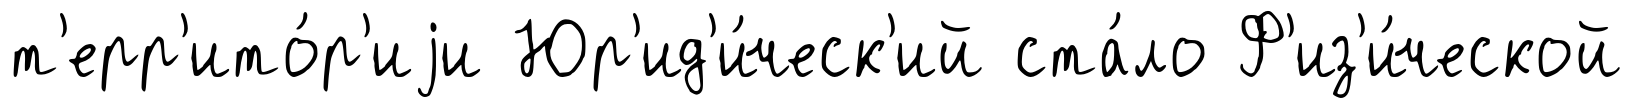
т'ерр'ито́р'иjи Юр'ид'и́ческ'ий ста́ло Ф'из'и́ческой